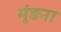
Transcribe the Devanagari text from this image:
मूंड़ना